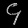
Digit: ၄